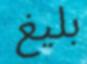
بليغ